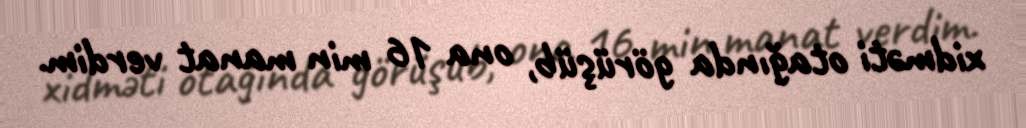
xidməti otağında görüşüb, ona 16 min manat verdim.